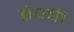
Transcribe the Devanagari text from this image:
तेपची